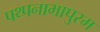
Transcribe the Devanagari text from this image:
पथ्पनाभापुरम